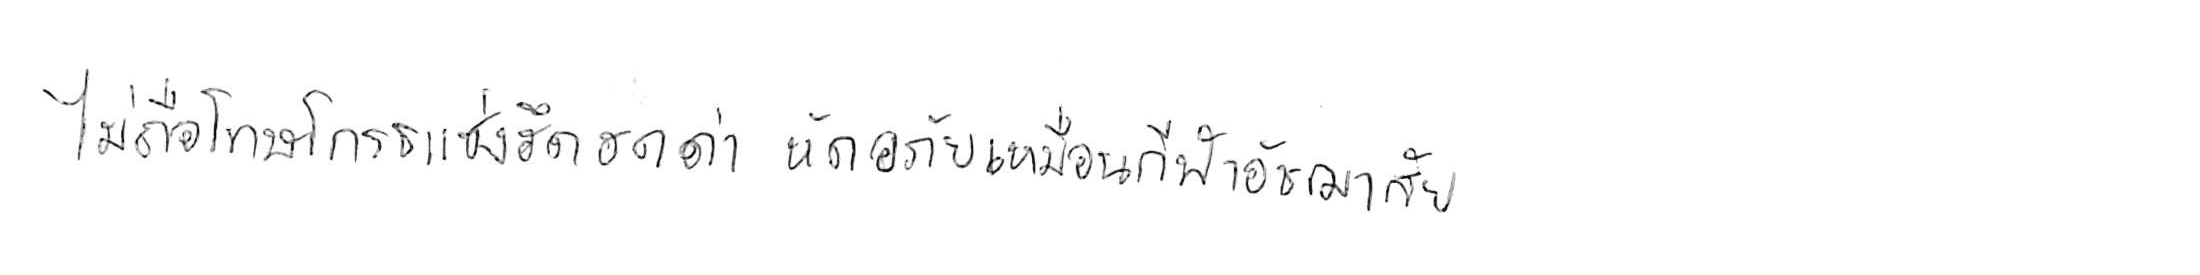
ไม่ถือโทษโกรธแช่งซัดฮึดฮัดด่า หัดอภัยเหมือนกีฬาอัชฌาสัย